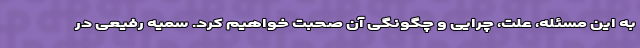
به این مسئله، علت، چرایی و چگونگی آن صحبت خواهیم کرد. سمیه رفیعی در